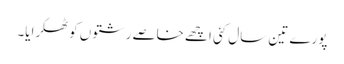
پورے تین سال کئی اچھے خاصے رشتوں کو ٹھکرایا۔